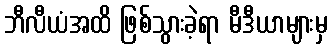
ဘီလီယံအထိ ဖြစ်သွားခဲ့ရာ မီဒီယာများမှ